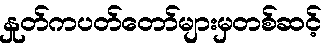
နှုတ်ကပတ်တော်များမှတစ်ဆင့်